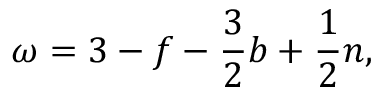
\omega = 3 - f - \frac { 3 } { 2 } b + \frac { 1 } { 2 } n ,